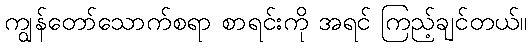
ကျွန်တော်သောက်စရာ စာရင်းကို အရင် ကြည့်ချင်တယ်။